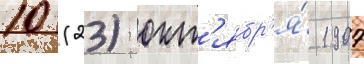
10 (23) окт'ябр'я́ 1907